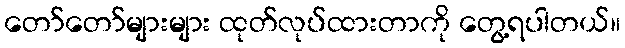
တော်တော်များများ ထုတ်လုပ်ထားတာကို တွေ့ရပါတယ်။